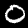
Digit: 0